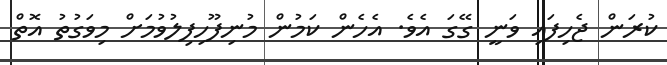
ކުރަން ޖެހިފައި ވަނީ ގޭގަ އެވެ. އެހެން ކަމުން މުނިފޫހިފިލުވުމަށް މިވަގުތު އޮތް